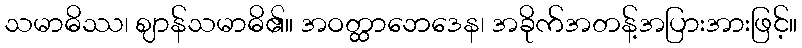
သမာဓိဿ၊ ဈာန်သမာဓိ၏။ အဝတ္ထာဘေဒေန၊ အခိုက်အတန့်အပြားအားဖြင့်။